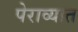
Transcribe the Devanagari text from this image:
पेराव्यात